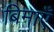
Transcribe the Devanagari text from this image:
बिमाएँ